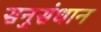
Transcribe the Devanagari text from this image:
सनुसंधान